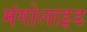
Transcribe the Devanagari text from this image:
मंगोलाइड